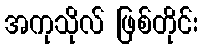
အကုသိုလ် ဖြစ်တိုင်း